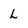
Character: l